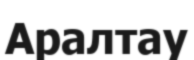
Аралтау